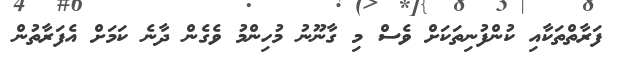
ފަރާތްތަކާއި ކުންފުނިތަކަށް ވެސް މި ގާނޫނު މުހިންމު ވެގެން ދާނެ ކަމަށް އެފަރާތުން